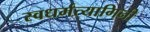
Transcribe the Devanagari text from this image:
स्वधर्मत्यागिनी